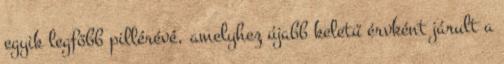
egyik legfőbb pillérévé, amelyhez újabb keletű érvként járult a